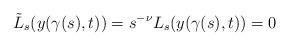
LaTeX: \begin{align*} \tilde L_s(y(\gamma(s),t))=s^{-\nu}L_s(y(\gamma(s),t))=0 \end{align*}